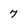
Character: 7